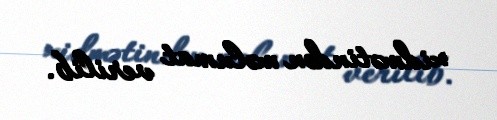
xidmətindən məlumat verilib.